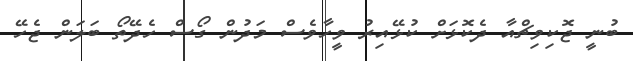
ބުނީ ޖޮކިވިޗްއާ ދެކޮޅަށް ކުޅޭއިރު ވީހާވެސް މަދުން ގޯސް ހެދޭތޯ ބަލަން ޖެހޭ